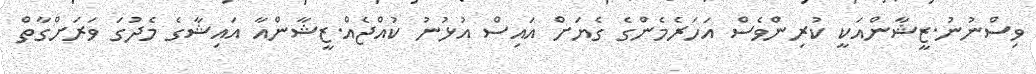
ވިސްނުނު.ޒީޝާންއަކީ ކުރިންވެސް އަހަރެމެންގެ ގެޔަށް އައިސް އުޅުނު ކުއްޖެއް.ޒީޝާންއާ އައިޝާގެ މެދުގަ ވަރަށްގާތް